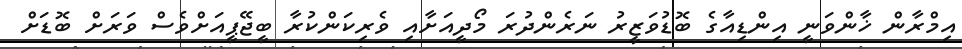
އިމްރާން ޚާންވަނީ އިންޑިއާގެ ބޮޑުވަޒީރު ނަރެންދުރަ މޯދީއަށާއި ވެރިކަންކުރާ ބީޖޭޕީއަށްވެސް ވަރަށް ބޮޑަށް